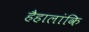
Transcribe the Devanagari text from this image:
हैहालांकि